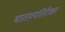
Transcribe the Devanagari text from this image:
भाताव्यतिरिक्त